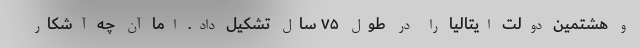
و هشتمین دولت ایتالیا را در طول ۷۵ سال تشکیل داد. اما آن چه آشکار